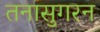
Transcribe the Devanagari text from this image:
तनासुगरन